Scottish Certificate of Education, 1963
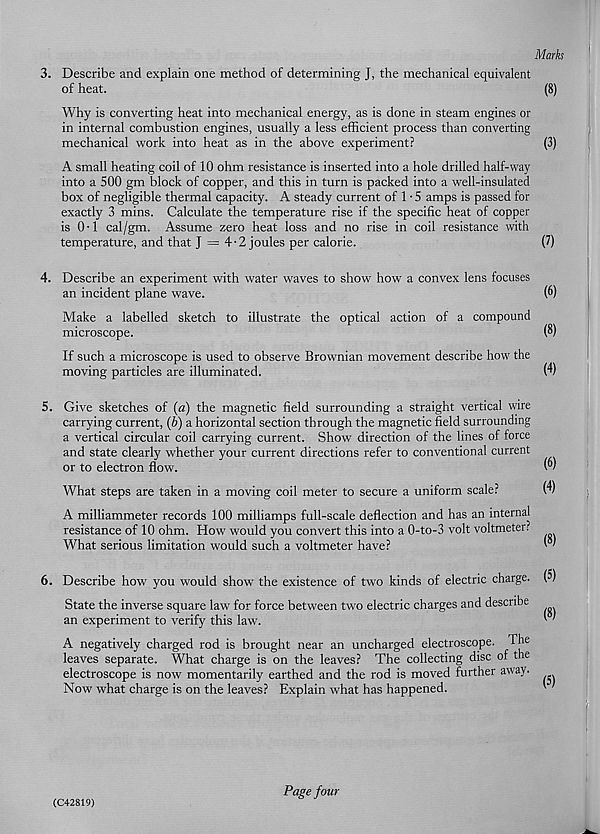
Marks
3. Describe and explain one method of determining J, the mechanical equivalent
of heat.
(8)
Why is converting heat into mechanical energy, as is done in steam engines or
in internal combustion engines, usually a less efficient process than converting
mechanical work into heat as in the above experiment?
(3)
A small heating coil of 10 ohm resistance is inserted into a hole drilled half-way
into a 500 gm block of copper, and this in turn is packed into a well-insulated
box of negligible thermal capacity. A steady current of 1 • 5 amps is passed for
exactly 3 mins. Calculate the temperature rise if the specific heat of copper
is 0-1 cal/gm. Assume zero heat loss and no rise in coil resistance with
temperature, and that J = 4-2 joules per calorie.
(7)
4. Describe an experiment with water waves to show how a convex lens focuses
an incident plane wave.
(6)
Make a labelled sketch to illustrate the optical action of a compound
microscope.
(8)
If such a microscope is used to observe Brownian movement describe how the
moving particles are illuminated.
(4)
5. Give sketches of (a) the magnetic field surrounding a straight vertical wire
carrying current, (b) a horizontal section through the magnetic field surrounding
a vertical circular coil carrying current. Shorv direction of the lines of force
and state clearly whether your current directions refer to conventional current
or to electron flow.
What steps are taken in a moving coil meter to secure a uniform scale?
(4)
A milliammeter records 100 milliamps full-scale deflection and has an internal
resistance of 10 ohm. How would you convert this into a 0-to-3 volt voltmeter?
What serious limitation would such a voltmeter have?
' '
6. Describe how you would show the existence of two kinds of electric charge. (5)
State the inverse square law for force between two electric charges and describe
an experiment to verify this law'.
' '
A negatively charged rod is brought near an uncharged electroscope. The
leaves separate. What charge is on the leaves? The collecting disc of the
electroscope is now momentarily earthed and the rod is moved further away.
Now what charge is on the leaves? Explain what has happened.
'
(C42819)
Page four